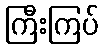
ကြီးကြပ်